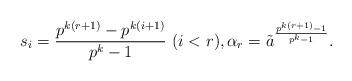
LaTeX: \begin{align*} s_i=\frac{p^{k(r+1)}-p^{k(i+1)}}{p^k-1}\ (i<r),\alpha_r={\tilde a}^{\frac{p^{k(r+1)}-1}{p^k-1}}. \end{align*}